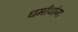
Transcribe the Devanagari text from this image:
धर्मांधांना